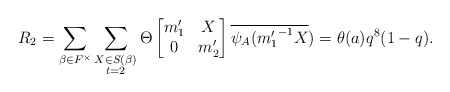
\begin{align*} R_2=\displaystyle \sum_{\beta \in F^{\times}} \sum_{\substack{X\in S(\beta) \\ t=2 }}\Theta \begin{bmatrix} m_1' & X\\0 & m_2' \end{bmatrix}\overline{\psi_A({m_1'}^{-1}X})=\theta(a)q^8(1-q).\end{align*}